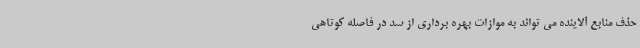
حذف منابع آلاینده می تواند به موازات بهره برداری از سد در فاصله کوتاهی